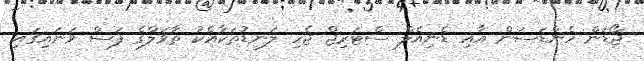
ޖޯޑަން ހެންޑަސަން އާއި ޑެނިއެލް ސްޓަރިޖް ޖެހި ލަނޑުތަކާއެކު ތާވަލްގެ ފަސް ވަނައިގައި